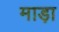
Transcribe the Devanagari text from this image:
माड़ा